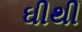
ઘીથી